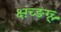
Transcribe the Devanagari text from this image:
क्ष्ग़्च्ङग्र्च्र्